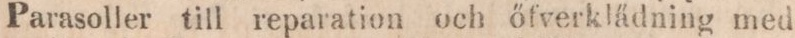
Parasoller till reparation och őfverklädning med